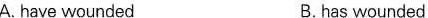
A.have wounded B.has wounded